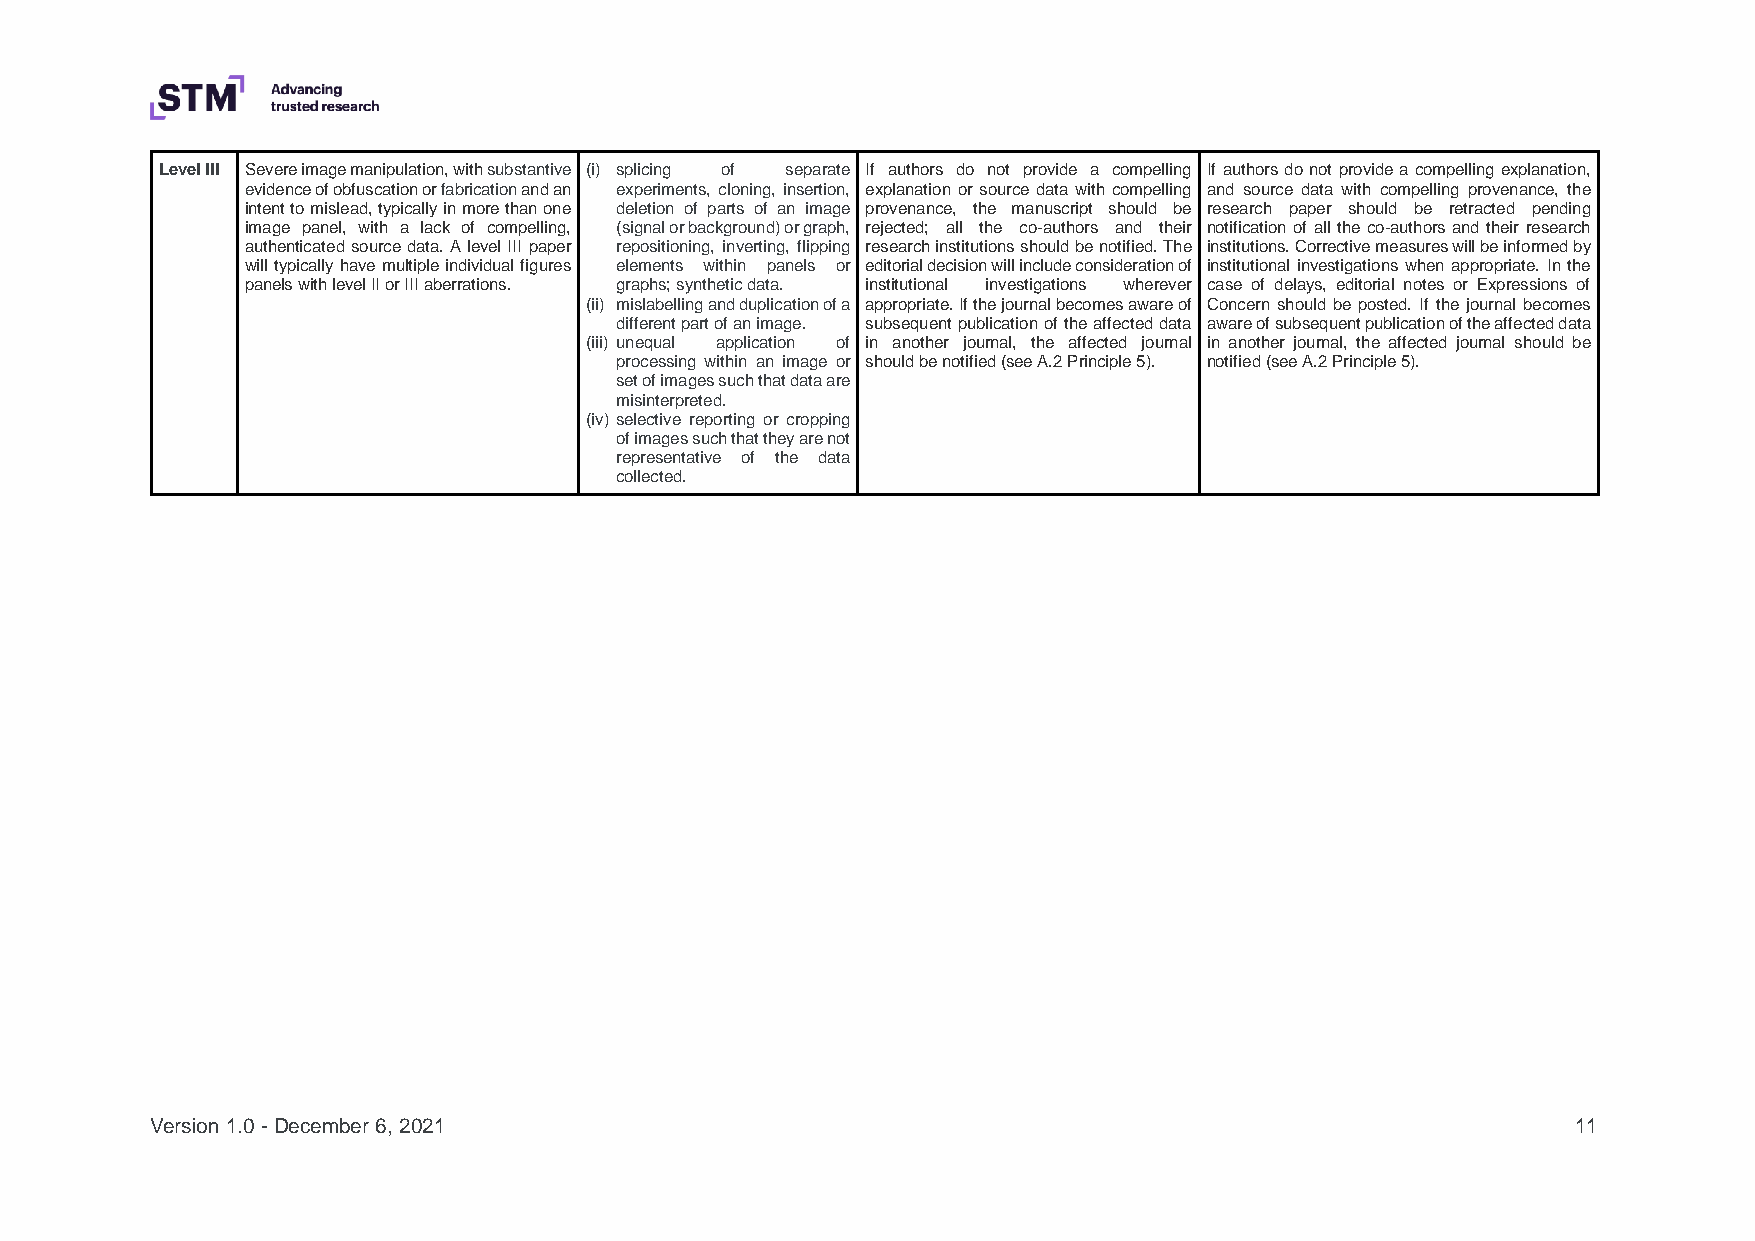
Level III Severe image manipulation, with substantive (i) splicing of separate If authors do not provide a compelling If authors do not provide a compelling explanation,
 evidence of obfuscation or fabrication and an experiments, cloning, insertion, explanation or source data with compelling and source data with compelling provenance, the
 intent to mislead, typically in more than one deletion of parts of an image provenance, the manuscript should be research paper should be retracted pending
 image panel, with a lack of compelling, (signal or background) or graph, rejected; all the co-authors and their notification of all the co-authors and their research
 authenticated source data. A level III paper repositioning, inverting, flipping research institutions should be notified. The institutions. Corrective measures will be informed by
 will typically have multiple individual figures elements within panels or editorial decision will include consideration of institutional investigations when appropriate. In the
 panels with level II or III aberrations. graphs; synthetic data. institutional investigations wherever case of delays, editorial notes or Expressions of
 (ii) mislabelling and duplication of a appropriate. If the journal becomes aware of Concern should be posted. If the journal becomes
 different part of an image. subsequent publication of the affected data aware of subsequent publication of the affected data
 (iii) unequal application of in another journal, the affected journal in another journal, the affected journal should be
 processing within an image or should be notified (see A.2 Principle 5). notified (see A.2 Principle 5).
 set of images such that data are
 misinterpreted.
 (iv) selective reporting or cropping
 of images such that they are not
 representative of the data
 collected.
 Version 1.0 - December 6, 2021                                                                11